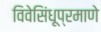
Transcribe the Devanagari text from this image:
विवेसिंधूप्रमाणे